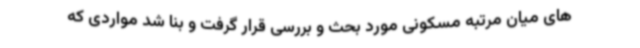
های میان مرتبه مسکونی مورد بحث و بررسی قرار گرفت و بنا شد مواردی که